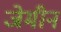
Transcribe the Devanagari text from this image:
जेमीन